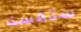
ستفسد